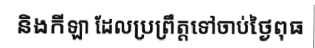
និងកីឡា ដែលប្រព្រឹត្តទៅចាប់ថ្ងៃពុធ